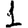
Digit: 1